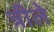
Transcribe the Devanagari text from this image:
त्रीले